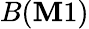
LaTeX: B(\mathbf{M}1)